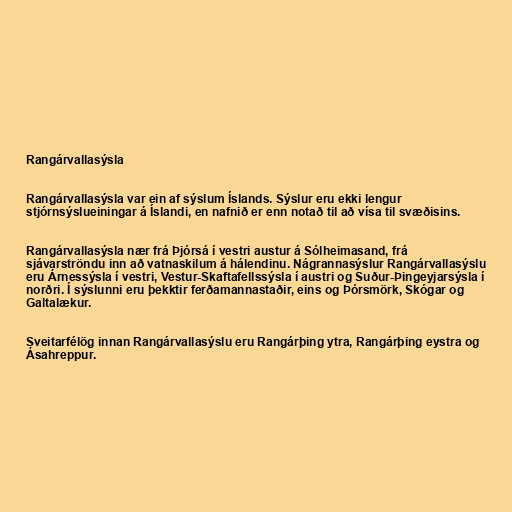
Rangárvallasýsla

Rangárvallasýsla var ein af sýslum Íslands. Sýslur eru ekki lengur
stjórnsýslueiningar á Íslandi, en nafnið er enn notað til að vísa til svæðisins.

Rangárvallasýsla nær frá Þjórsá í vestri austur á Sólheimasand, frá
sjávarströndu inn að vatnaskilum á hálendinu. Nágrannasýslur Rangárvallasýslu
eru Árnessýsla í vestri, Vestur-Skaftafellssýsla í austri og Suður-Þingeyjarsýsla í
norðri. Í sýslunni eru þekktir ferðamannastaðir, eins og Þórsmörk, Skógar og
Galtalækur.

Sveitarfélög innan Rangárvallasýslu eru Rangárþing ytra, Rangárþing eystra og
Ásahreppur.